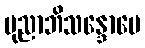
ပုညာဘိသန္ဒောပေ